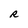
Character: R